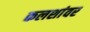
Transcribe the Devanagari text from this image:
कलशांवर